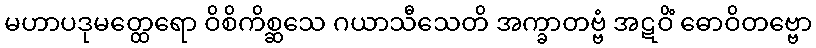
မဟာပဒုမတ္ထေရော ဝိစိကိစ္ဆသေ ဂယာသီသေတိ အက္ခာတဗ္ဗံ အဋဝိံ ဓောဝိတဗ္ဗော